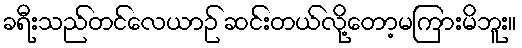
ခရီးသည်တင်လေယာဉ် ဆင်းတယ်လို့တော့မကြားမိဘူး။